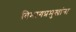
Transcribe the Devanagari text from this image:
विभागप्रमुखांना